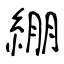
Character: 綳